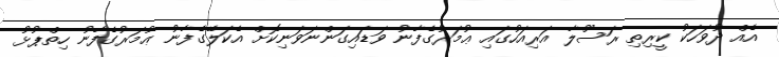
އެއް ދުވަހަކު ކީރިތި ރަސޫލާ އަރިއަހުގައި ޢުމަރުގެފާނު ވަޑައިގަންނަވަނިކޮށް އެކަލޭގެފާނު ޢުމަރުގެފާނު ހިތްޕުޅު